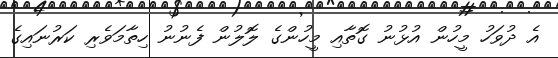
އެ ދުވަހު މީހުން އުޅުނު ގޮތާއި މީހުންގެ ލޮލުން ފެނުނު ހިތާމަވެރި ކަރުނައިގެ